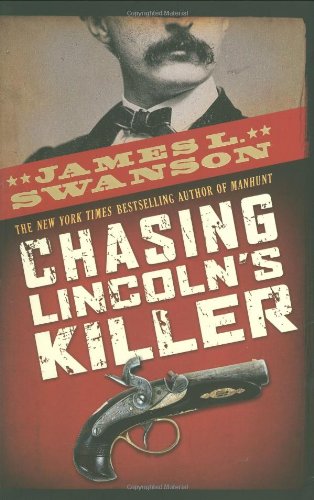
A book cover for Chasing Lincoln's Killer; James L. Swanson; Teen & Young Adult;